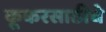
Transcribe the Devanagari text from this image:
कूकरसाठीचे